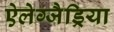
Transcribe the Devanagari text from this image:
ऐलेग्जैड्रिया